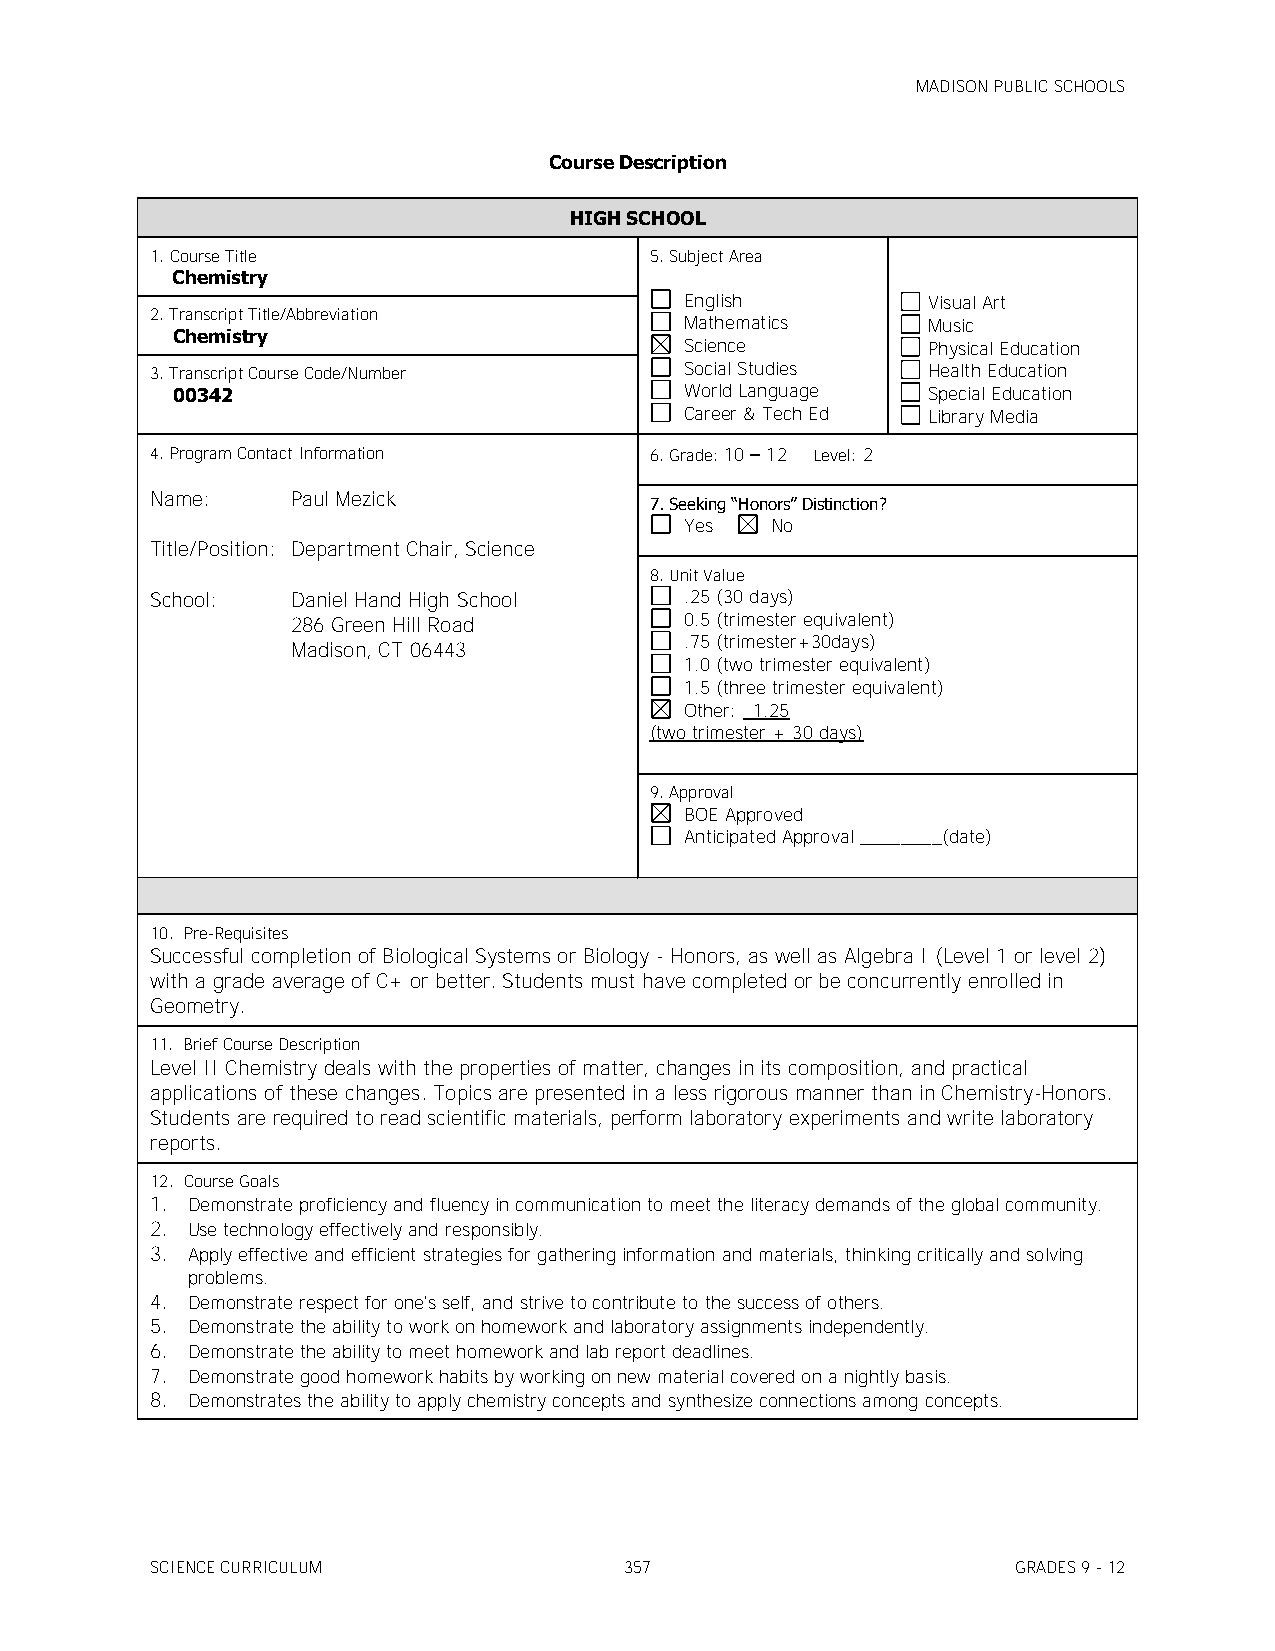
MADISON PUBLIC SCHOOLS
 Course Description
 HIGH SCHOOL
 1. Course Title                  5. Subject Area
 Chemistry
 English         Visual Art
 2. Transcript Title/Abbreviation
 Mathematics     Music
 Chemistry
 Science         Physical Education
 3. Transcript Course Code/Number   Social Studies  Health Education
 00342                             World Language  Special Education
 Career & Tech Ed Library Media
 4. Program Contact Information   6. Grade: 10 – 12 Level: 2
 Name:    Paul Mezick
 7. Seeking ―Honors‖ Distinction?
 Yes   No
 Title/Position: Department Chair, Science
 8. Unit Value
 School:  Daniel Hand High School   .25 (30 days)
 286 Green Hill Road       0.5 (trimester equivalent)
 .75 (trimester+30days)
 Madison, CT 06443
 1.0 (two trimester equivalent)
 1.5 (three trimester equivalent)
 Other: _1.25
 (two trimester + 30 days)
 9. Approval
 BOE Approved
 Anticipated Approval ________(date)
 10. Pre-Requisites
 Successful completion of Biological Systems or Biology - Honors, as well as Algebra I (Level 1 or level 2)
 with a grade average of C+ or better. Students must have completed or be concurrently enrolled in
 Geometry.
 11. Brief Course Description
 Level II Chemistry deals with the properties of matter, changes in its composition, and practical
 applications of these changes. Topics are presented in a less rigorous manner than in Chemistry-Honors.
 Students are required to read scientific materials, perform laboratory experiments and write laboratory
 reports.
 12. Course Goals
 1. Demonstrate proficiency and fluency in communication to meet the literacy demands of the global community.
 2. Use technology effectively and responsibly.
 3. Apply effective and efficient strategies for gathering information and materials, thinking critically and solving
 problems.
 4. Demonstrate respect for one's self, and strive to contribute to the success of others.
 5. Demonstrate the ability to work on homework and laboratory assignments independently.
 6. Demonstrate the ability to meet homework and lab report deadlines.
 7. Demonstrate good homework habits by working on new material covered on a nightly basis.
 8. Demonstrates the ability to apply chemistry concepts and synthesize connections among concepts.
 SCIENCE CURRICULUM             357                       GRADES 9 - 12